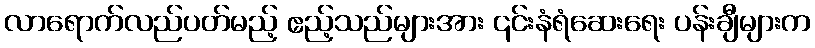
လာရောက်လည်ပတ်မည့် ဧည့်သည်များအား ၎င်းနံရံဆေးရေး ပန်းချီများက